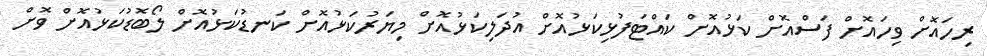
ރިހައޮށް ވިހައޮށް ފަސްއޮށް ކަޅުއޮށް ކައްޓަފުޅިކަޅުއޮށް އުދަލިކަޅުއޮށް މިޔަރުކަޅުއޮށް ކަނޑުކަޅުއޮށް ލޯބޮޑުކަޅުއޮށް ވޮށް